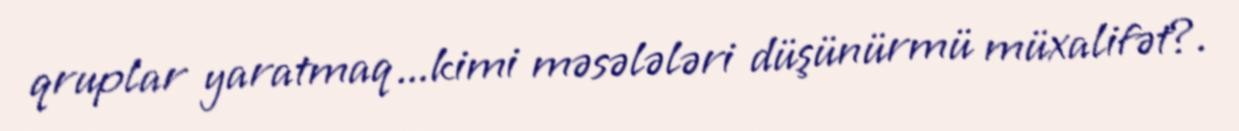
qruplar yaratmaq ...kimi məsələləri düşünürmü müxalifət?.